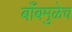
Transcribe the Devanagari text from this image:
बाँबमुळेच